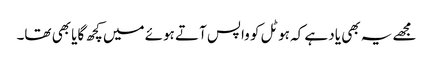
مجھے یہ بھی یاد ہے کہ ہوٹل کو واپس آتے ہوئے میں کچھ گایا بھی تھا۔